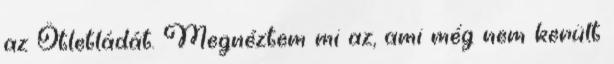
az Ötletládát. Megnéztem mi az, ami még nem került